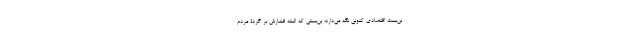
بن‌بست اقتصادی کنونی نگه می‌دارد؛ بن‌بستی که البته فشارش بر گردۀ مردم